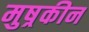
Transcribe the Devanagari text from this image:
मुष्रकीन